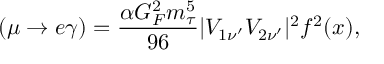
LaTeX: \mathrm { \Gamma } ( \mu \to e \gamma ) = \frac { \alpha G _ { F } ^ { 2 } m _ { \tau } ^ { 5 } } { 9 6 } | V _ { 1 \nu ^ { \prime } } V _ { 2 \nu ^ { \prime } } | ^ { 2 } f ^ { 2 } ( x ) ,